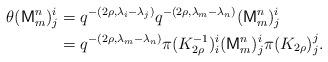
LaTeX: \begin{align*}\theta(\mathsf{M}^n_m)^i_j& = q^{-(2\rho, \lambda_i - \lambda_j)} q^{-(2\rho, \lambda_m - \lambda_n)} (\mathsf{M}^n_m)^i_j \\& = q^{-(2\rho, \lambda_m - \lambda_n)} \pi(K_{2\rho}^{-1})_{i}^{i} (\mathsf{M}^n_m)^i_j \pi(K_{2\rho})_{j}^{j}.\end{align*}